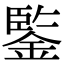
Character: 鍳